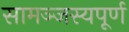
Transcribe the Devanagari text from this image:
सामञ्जस्यपूर्ण